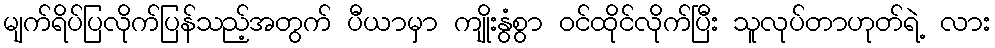
မျက်ရိပ်ပြလိုက်ပြန်သည့်အတွက် ပီယာမှာ ကျိုးနွံစွာ ဝင်ထိုင်လိုက်ပြီး သူလုပ်တာဟုတ်ရဲ့ လား